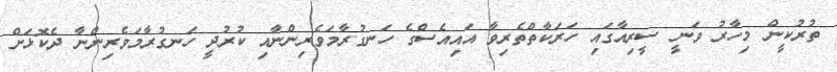
ތުރުކީން މިހާރު ވަނީ ސީރިއާގައި ހަރަކާތްތެރިވާ އައިއެސްގެ ހަނގުރާމަވެރިންނާއި ކުރުދީ ހަނގުރާމަވެރިންނާ ދެކޮޅަށް